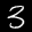
Digit: 3